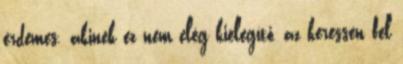
érdemes. akinek ez nem elég kielégítő, az keressen fel